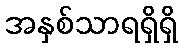
အနှစ်သာရရှိရှိ